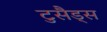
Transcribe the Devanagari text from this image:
टुसैड्स